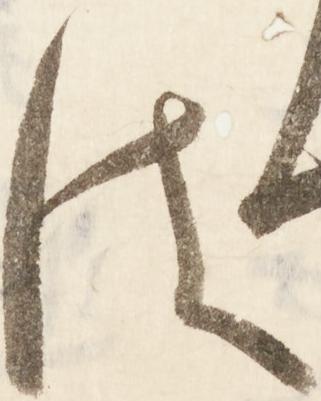
は